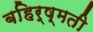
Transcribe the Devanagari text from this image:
बहिर्ष्मती